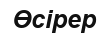
Өсірер